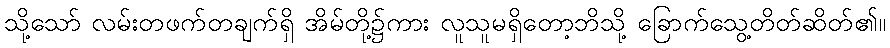
သို့သော် လမ်းတဖက်တချက်ရှိ အိမ်တို့၌ကား လူသူမရှိတော့ဘိသို့ ခြောက်သွေ့တိတ်ဆိတ်၏။